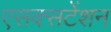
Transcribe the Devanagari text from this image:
एसक्सटेंशन